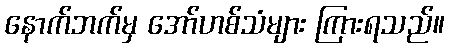
နောက်ဘက်မှ အော်ဟစ်သံများ ကြားရသည်။